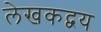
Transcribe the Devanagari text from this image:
लेखकद्वय